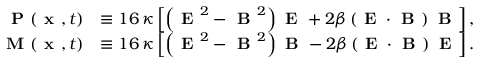
\begin{array} { r l } { \textbf { P } ( \textbf { x } , t ) } & { \equiv 1 6 \, \kappa \left[ \left( \textbf { E } ^ { 2 } - \textbf { B } ^ { 2 } \right) \textbf { E } + 2 \beta \left( \textbf { E } \cdot \textbf { B } \right) \textbf { B } \right] , } \\ { \textbf { M } ( \textbf { x } , t ) } & { \equiv 1 6 \, \kappa \left[ \left( \textbf { E } ^ { 2 } - \textbf { B } ^ { 2 } \right) \textbf { B } - 2 \beta \left( \textbf { E } \cdot \textbf { B } \right) \textbf { E } \right] . } \end{array}